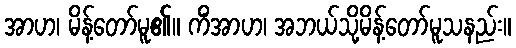
အာဟ၊ မိန့်တော်မူ၏။ ကိံအာဟ၊ အဘယ်သို့မိန့်တော်မူသနည်း။